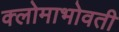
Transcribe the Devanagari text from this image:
क्लोमाभोवती